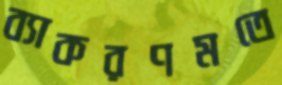
ব্যাকরণমতে